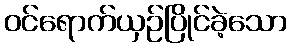
ဝင်ရောက်ယှဉ်ပြိုင်ခဲ့သော